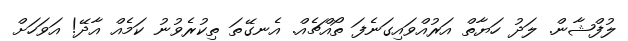
ލުފްޝާން. ލަދު ހަޔާތް އަރުއްވައިގަނެފަ ތޯއްޗެއް. އެނގޭތަ ތިކުރެވުނު ކަމެއް އާދޭ! އަވަހަށް